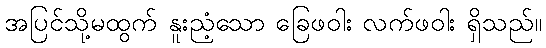
အပြင်သို့မထွက် နူးညံ့သော ခြေဖဝါး လက်ဖဝါး ရှိသည်။